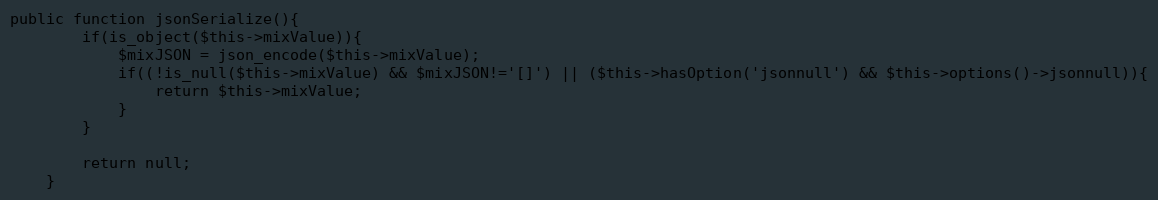
Language: PHP
public function jsonSerialize(){
		if(is_object($this->mixValue)){
			$mixJSON = json_encode($this->mixValue);
			if((!is_null($this->mixValue) && $mixJSON!='[]') || ($this->hasOption('jsonnull') && $this->options()->jsonnull)){
				return $this->mixValue;
			}
		}

		return null;
	}